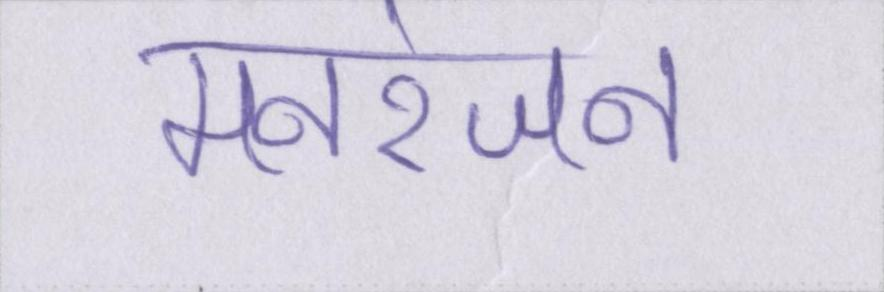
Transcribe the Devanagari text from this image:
मनरंजन